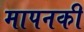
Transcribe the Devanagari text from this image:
मापनकी